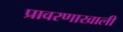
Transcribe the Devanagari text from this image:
प्रावरणाखाली